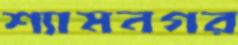
শ্যামনগর